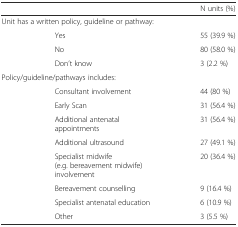
<table><thead><tr><td colspan="2"></td><td><b>N units (%)</b></td></tr></thead><tbody><tr><td colspan="2">Unit has a written policy, guideline or pathway:</td><td></td></tr><tr><td></td><td>Yes</td><td>55 (39.9 %)</td></tr><tr><td></td><td>No</td><td>80 (58.0 %)</td></tr><tr><td></td><td>Don’t know</td><td>3 (2.2 %)</td></tr><tr><td colspan="3">Policy/guideline/pathways includes:</td></tr><tr><td></td><td>Consultant involvement</td><td>44 (80 %)</td></tr><tr><td></td><td>Early Scan</td><td>31 (56.4 %)</td></tr><tr><td></td><td>Additional antenatal appointments</td><td>31 (56.4 %)</td></tr><tr><td></td><td>Additional ultrasound</td><td>27 (49.1 %)</td></tr><tr><td></td><td>Specialist midwife (e.g. bereavement midwife) involvement</td><td>20 (36.4 %)</td></tr><tr><td></td><td>Bereavement counselling</td><td>9 (16.4 %)</td></tr><tr><td></td><td>Specialist antenatal education</td><td>6 (10.9 %)</td></tr><tr><td></td><td>Other</td><td>3 (5.5 %)</td></tr></tbody></table>